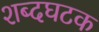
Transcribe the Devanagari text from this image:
शब्दघटक